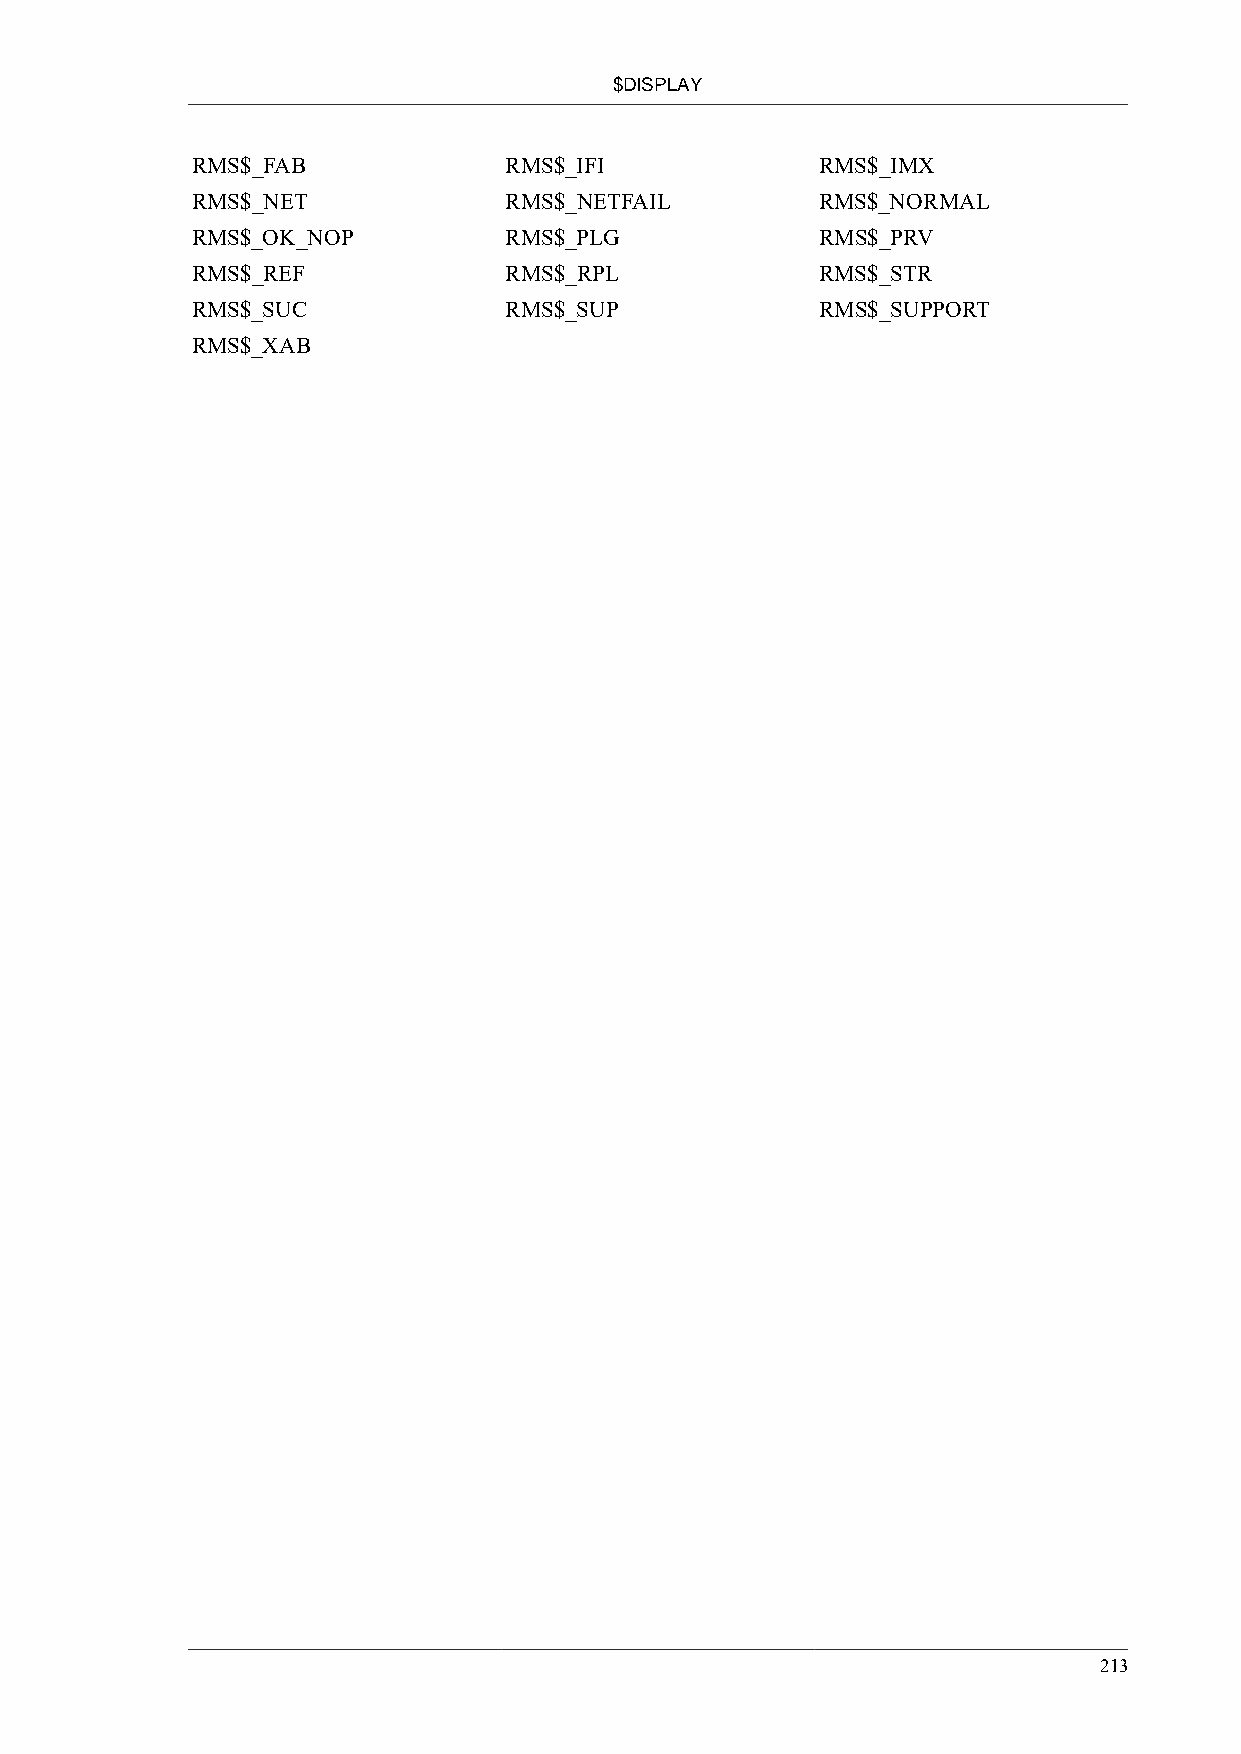
$DISPLAY
 RMS$_FAB            RMS$_IFI             RMS$_IMX
 RMS$_NET            RMS$_NETFAIL         RMS$_NORMAL
 RMS$_OK_NOP         RMS$_PLG             RMS$_PRV
 RMS$_REF            RMS$_RPL             RMS$_STR
 RMS$_SUC            RMS$_SUP             RMS$_SUPPORT
 RMS$_XAB
 213